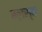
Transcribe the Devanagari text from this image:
बलस्य